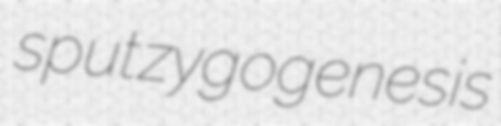
sput zygogenesis